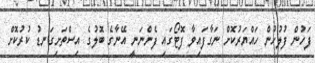
ފަހުން ފުލުހުން ހައްޔަރުކޮށް ނަގާފައިވާ ފޮޓޯގައި ފެންނަނީ އޭނާގެ ބޮލުގެ އިސްތަށިގަނޑު ކުރުކޮށް